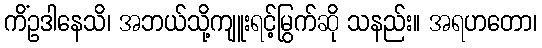
ကိံဥဒါနေသိ၊ အဘယ်သို့ကျူးရင့်မြွက်ဆို သနည်း။ အရဟတော၊